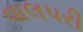
વાલપરી